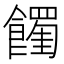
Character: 𩟉